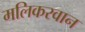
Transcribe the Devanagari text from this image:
मलिकरवान